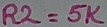
Text: R2=5K